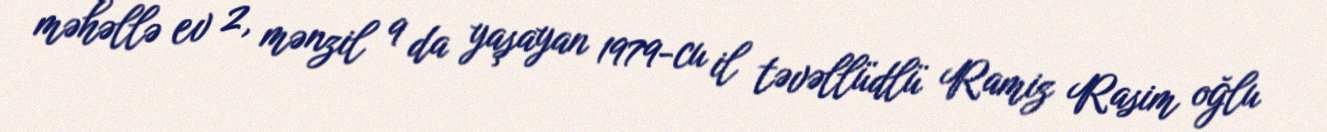
məhəllə ev 2, mənzil 9 da yaşayan 1979-cu il təvəllüdlü Ramiz Rasim oğlu